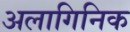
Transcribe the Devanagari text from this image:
अलागिनिक